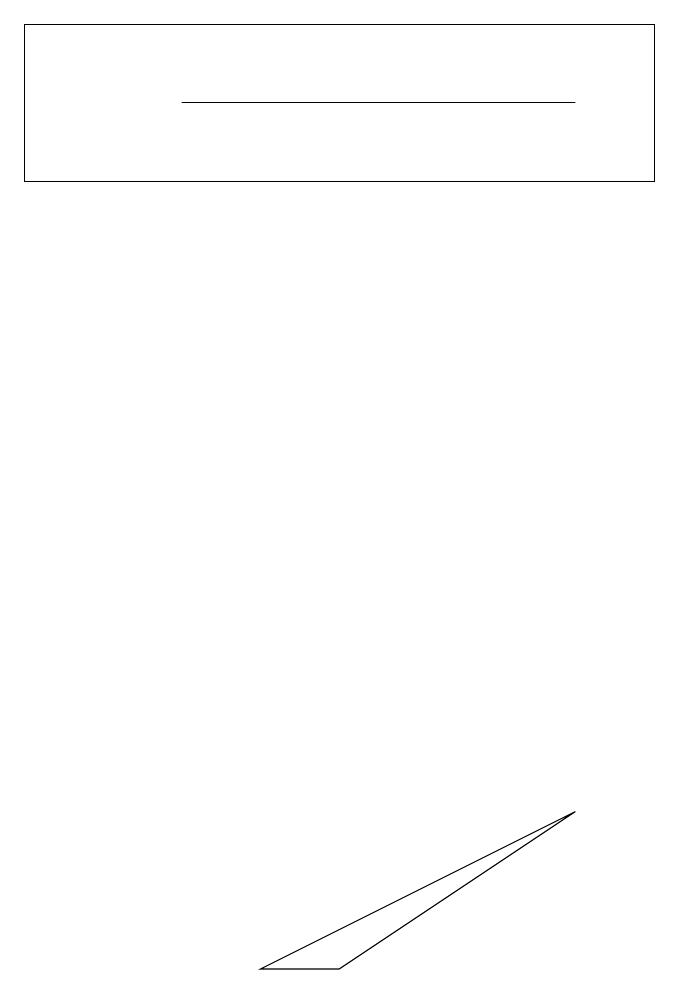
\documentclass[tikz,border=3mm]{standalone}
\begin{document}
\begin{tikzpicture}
\draw (3,5) -- (4,5) -- (7,7) -- cycle;
\draw (7,16) rectangle (2,16);
\draw (8,17) rectangle (0,15);
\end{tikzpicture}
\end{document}